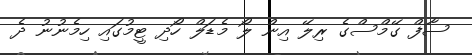
ސާފް ގޭމްސްގެ ރިލޭ އިން ލޯ މެޑަލް ހޯދި ޓީމުގައި ހިމެނުނު ދެ